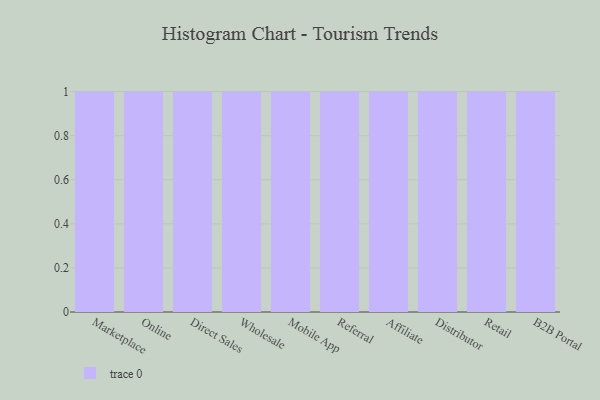
{"axis": {"x": "Channel", "y": "Market Share (%)"}, "legend": [""], "data": [{"x": "Marketplace", "y": 40, "type": ""}, {"x": "Online", "y": 13, "type": ""}, {"x": "Direct Sales", "y": 20, "type": ""}, {"x": "Wholesale", "y": 74, "type": ""}, {"x": "Mobile App", "y": 96, "type": ""}, {"x": "Referral", "y": 96, "type": ""}, {"x": "Affiliate", "y": 79, "type": ""}, {"x": "Distributor", "y": 63, "type": ""}, {"x": "Retail", "y": 63, "type": ""}, {"x": "B2B Portal", "y": 4, "type": ""}]}